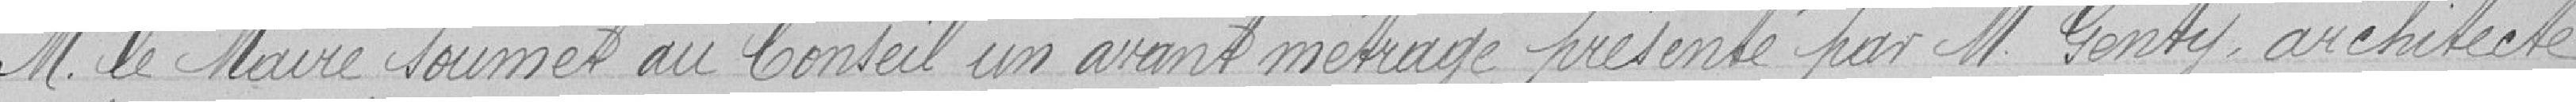
M. le Maire soumet au Conseil un avant métrage présenté par M. Genty, architecte